Indian journal of veterinary science and animal husbandry - Volume 10,
Year: 1940
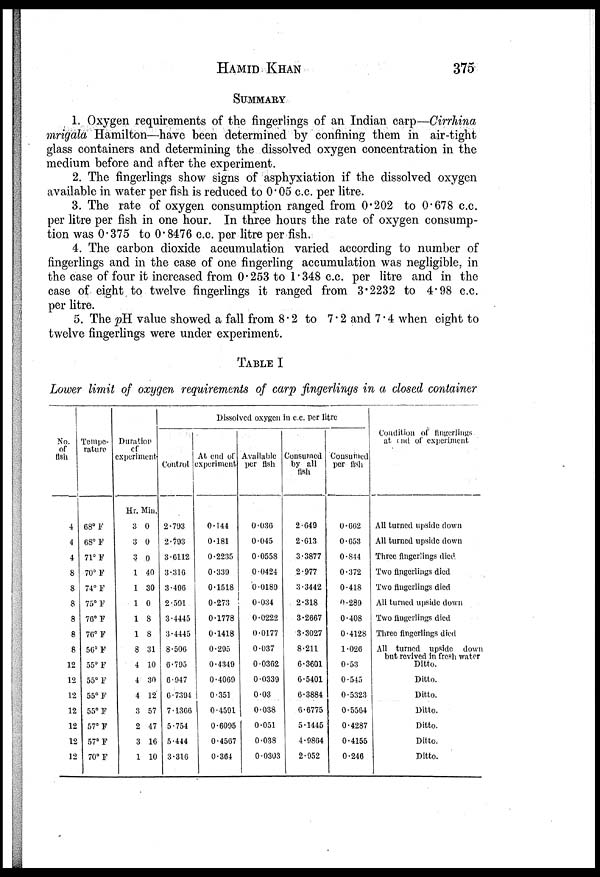
HAMID
KHAN
375
SUMMARY
1. Oxygen requirements of the fingerlings of an Indian carp—Cirrhina
mrigala Hamilton—have been determined by confining them in air-tight
glass containers and determining the dissolved oxygen concentration in the
medium before and after the experiment.
2. The fingerlings show signs of asphyxiation if the dissolved oxygen
available in water per fish is reduced to 0.05 c.c. per litre.
3. The rate of oxygen consumption ranged from 0.202 to 0.678 c.c.
per litre per fish in one hour. In three hours the rate of oxygen consump-
tion was 0.375 to 0.8476 c.c. per litre per fish.
4. The carbon dioxide accumulation varied according to number of
fingerlings and in the case of one fingerling accumulation was negligible, in
the case of four it increased from 0.253 to 1.348 c.c. per litre and in the
case of eight to twelve fingerlings it ranged from 3.2232 to 4.98 c.c.
per litre.
5. The pH value showed a fall from 8.2 to 7.2 and 7.4 when eight to
twelve fingerlings were under experiment.
TABLE I
Lower limit of oxygen requirements of carp fingerlings in a closed container
No.
of
fish
4
4
4
8
8
8
8
8
8
12
12
12
12
12
12
12
Tempe-
rature
68° F
68° F
71° F
70° F
74° F
75° F
76° F
76° F
56° F
55° F
55° F
55° P
55° F
57° F
57° F
70° F
Duration
of
experiment.
Hr.
3
3
3
1
1
1
1
1
8
4
4
4
3
2
3
1
Min.
0
0
0
40
30
0
8
8
31
10
30
12
57
47
16
10
Dissolved oxygen in c.c. per litre
Control
2.793
2.793
3.6112
3.316
3.496
2.591
3.4445
3.4445
8.506
6.795
6.947
0.7394
7.1366
5.754
5.444
3.316
At end of
experiment
0.144
0.181
0.2235
0.339
0.1518
0.273
0.1778
0.1418
0.295
0.4349
0.4069
0.351
0.4591
0.6095
0.4567
0.364
Available
per fish
0.036
0.045
0.0558
0.0424
0.0189
0.034
0.0222
0.0177
0.037
0.0362
0.0339
0.03
0.038
0.051
0.038
0.0303
Consumed
by all
fish
2.649
2.613
3.3877
2.977
3.3442
2.318
3.2667
3.3027
8.211
6.3601
0.5401
6.3884
6.6775
5.1445
4.9864
2.952
Consumed
per fish
0.662
0.653
0.844
0.372
0.418
0.289
0.408
0.4128
1.026
0.53
0.545
0.5323
0.5564
0.4287
0.4155
0.246
Condition of fingerlings
at end of experiment
All turned upside down
All turned upside down
Three fingerlings died
Two fingerlings died
Two fingerlings died
All turned upside down
Two fingerlings died
Three fingerlings died
All turned upside down
but revived in fresh water
Ditto.
Ditto.
Ditto.
Ditto.
Ditto.
Ditto.
Ditto.